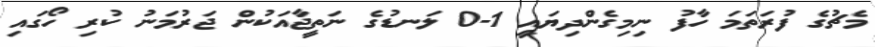
މެޗުގެ ފުރަތަމަ ހާފު ނިމިގެންދިޔައީ 1-0 ލަނޑުގެ ނަތީޖާއަކުން ޖަރުމަނު ކުރި ހޯގައި